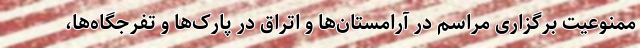
ممنوعیت برگزاری مراسم در آرامستان‌ها و اتراق در پارک‌ها و تفرجگاه‌ها،